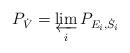
LaTeX: \begin{align*} P_{\dot V} = \varprojlim_i P_{E_i,\dot S_i} \end{align*}